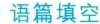
语篇填空